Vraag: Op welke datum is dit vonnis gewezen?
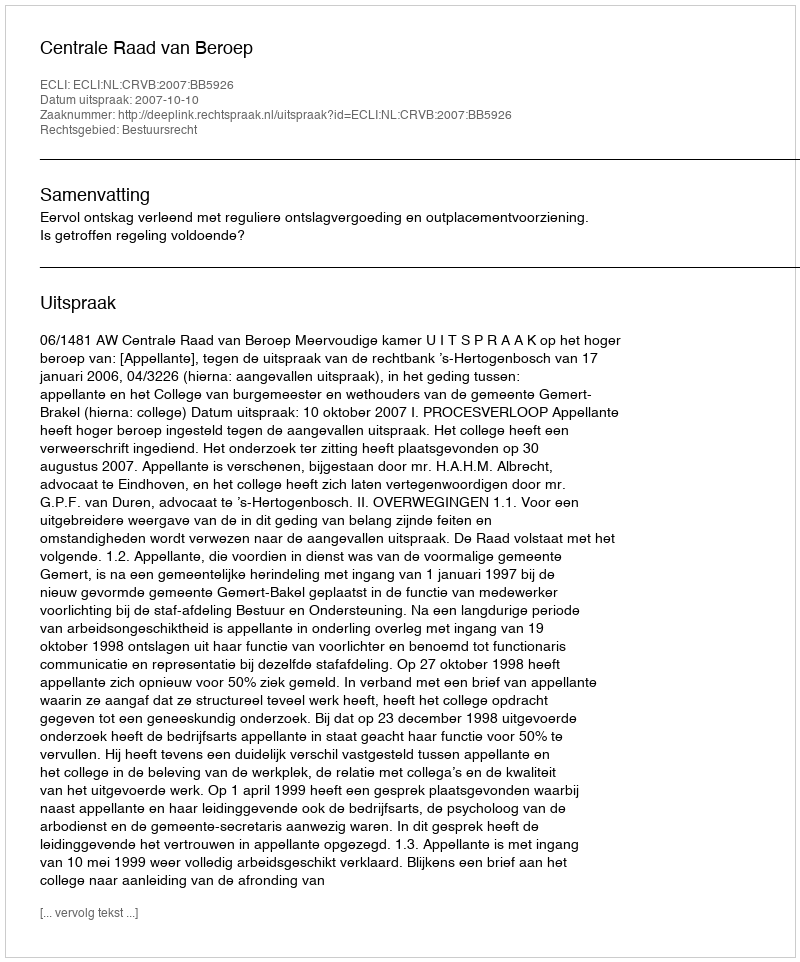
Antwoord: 2007-10-10